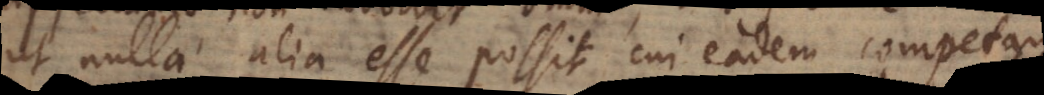
ut nulla alia esse possit cui eadem competant